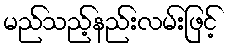
မည်သည့်နည်းလမ်းဖြင့်